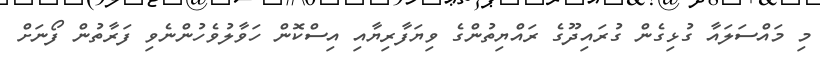
މި މައްސަލައާ ގުޅިގެން ގުރައިދޫގެ ރައްޔިތުންގެ ވިޔަފާރިޔާއި އިސްކޮން ހަވާލުވެހުންނެވި ފަރާތުން ފޯނަށް